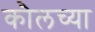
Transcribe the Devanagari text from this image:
कौलच्या